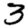
Digit: 3